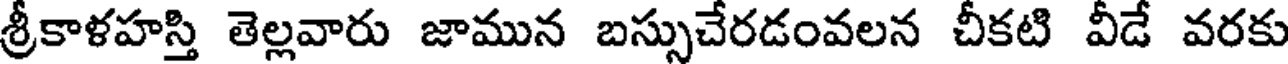
శ్రీకాళహస్తి తెల్లవారు జామున బస్సుచేరడంవలన చీకటి వీడే వరకు